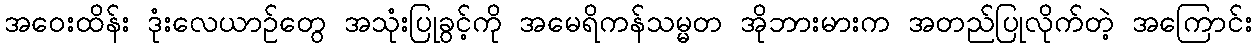
အဝေးထိန်း ဒုံးလေယာဉ်တွေ အသုံးပြုခွင့်ကို အမေရိကန်သမ္မတ အိုဘားမားက အတည်ပြုလိုက်တဲ့ အကြောင်း